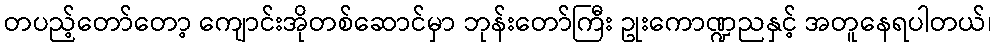
တပည့်တော်တော့ ကျောင်းအိုတစ်ဆောင်မှာ ဘုန်းတော်ကြီး ဥုးကောဏ္ဍညနှင့် အတူနေရပါတယ်၊